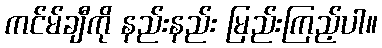
ကင်မ်ချီကို နည်းနည်း မြည်းကြည့်ပါ။